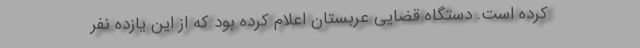
کرده است. دستگاه قضایی عربستان اعلام کرده بود که از این یازده نفر